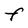
Character: F